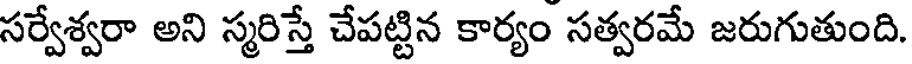
సర్వేశ్వరా అని స్మరిస్తే చేపట్టిన కార్యం సత్వరమే జరుగుతుంది.